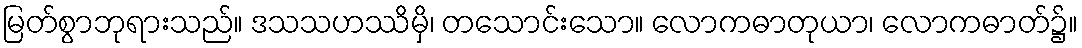
မြတ်စွာဘုရားသည်။ ဒသသဟဿိမှိ၊ တသောင်းသော။ လောကဓာတုယာ၊ လောကဓာတ်၌။